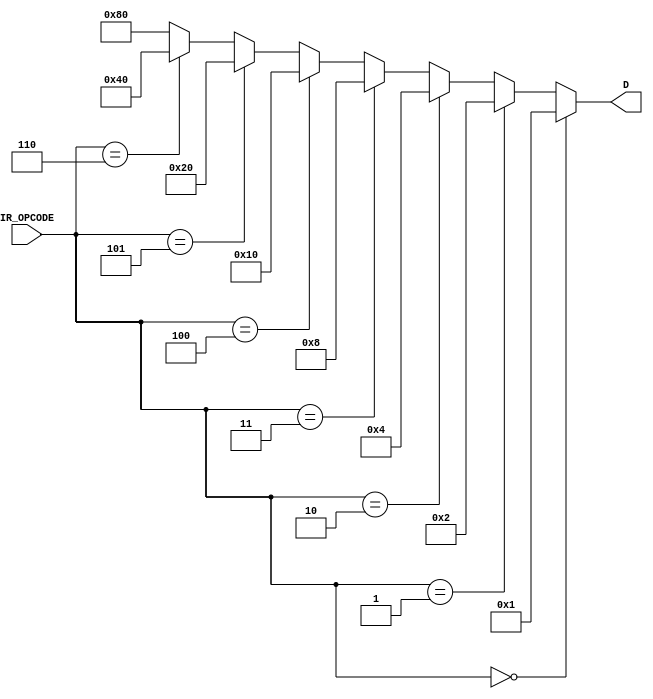
module Fetch_decoder(IR_OPCODE, D);

// list of inputs
input [14:12] IR_OPCODE;

// list of outputs
output [7:0]D;

// module implementation
assign D = (IR_OPCODE == 3'b000)? 8'b00000001:
		     (IR_OPCODE == 3'b001)? 8'b00000010:
		     (IR_OPCODE == 3'b010)? 8'b00000100:
	   	  (IR_OPCODE == 3'b011)? 8'b00001000:
		     (IR_OPCODE == 3'b100)? 8'b00010000:
		     (IR_OPCODE == 3'b101)? 8'b00100000:
		     (IR_OPCODE == 3'b110)? 8'b01000000:
		      8'b10000000;
endmodule